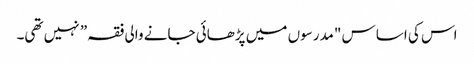
اس کی اساس "مدرسوں میں پڑھائی جانے والی فقہ” نہیں تھی۔